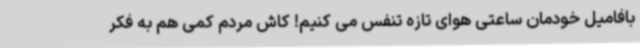
بافامیل خودمان ساعتی هوای تازه تنفس می کنیم! کاش مردم کمی هم به فکر